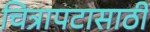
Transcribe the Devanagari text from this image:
चित्रापटासाठी